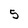
Character: 5